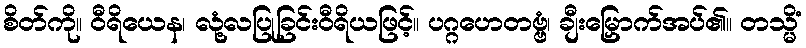
စိတ်ကို။ ဝီရိယေန၊ လုံ့လပြုခြင်းဝီရိယဖြင့်။ ပဂ္ဂဟေတဗ္ဗံ၊ ချီးမြှောက်အပ်၏။ တသ္မိံ